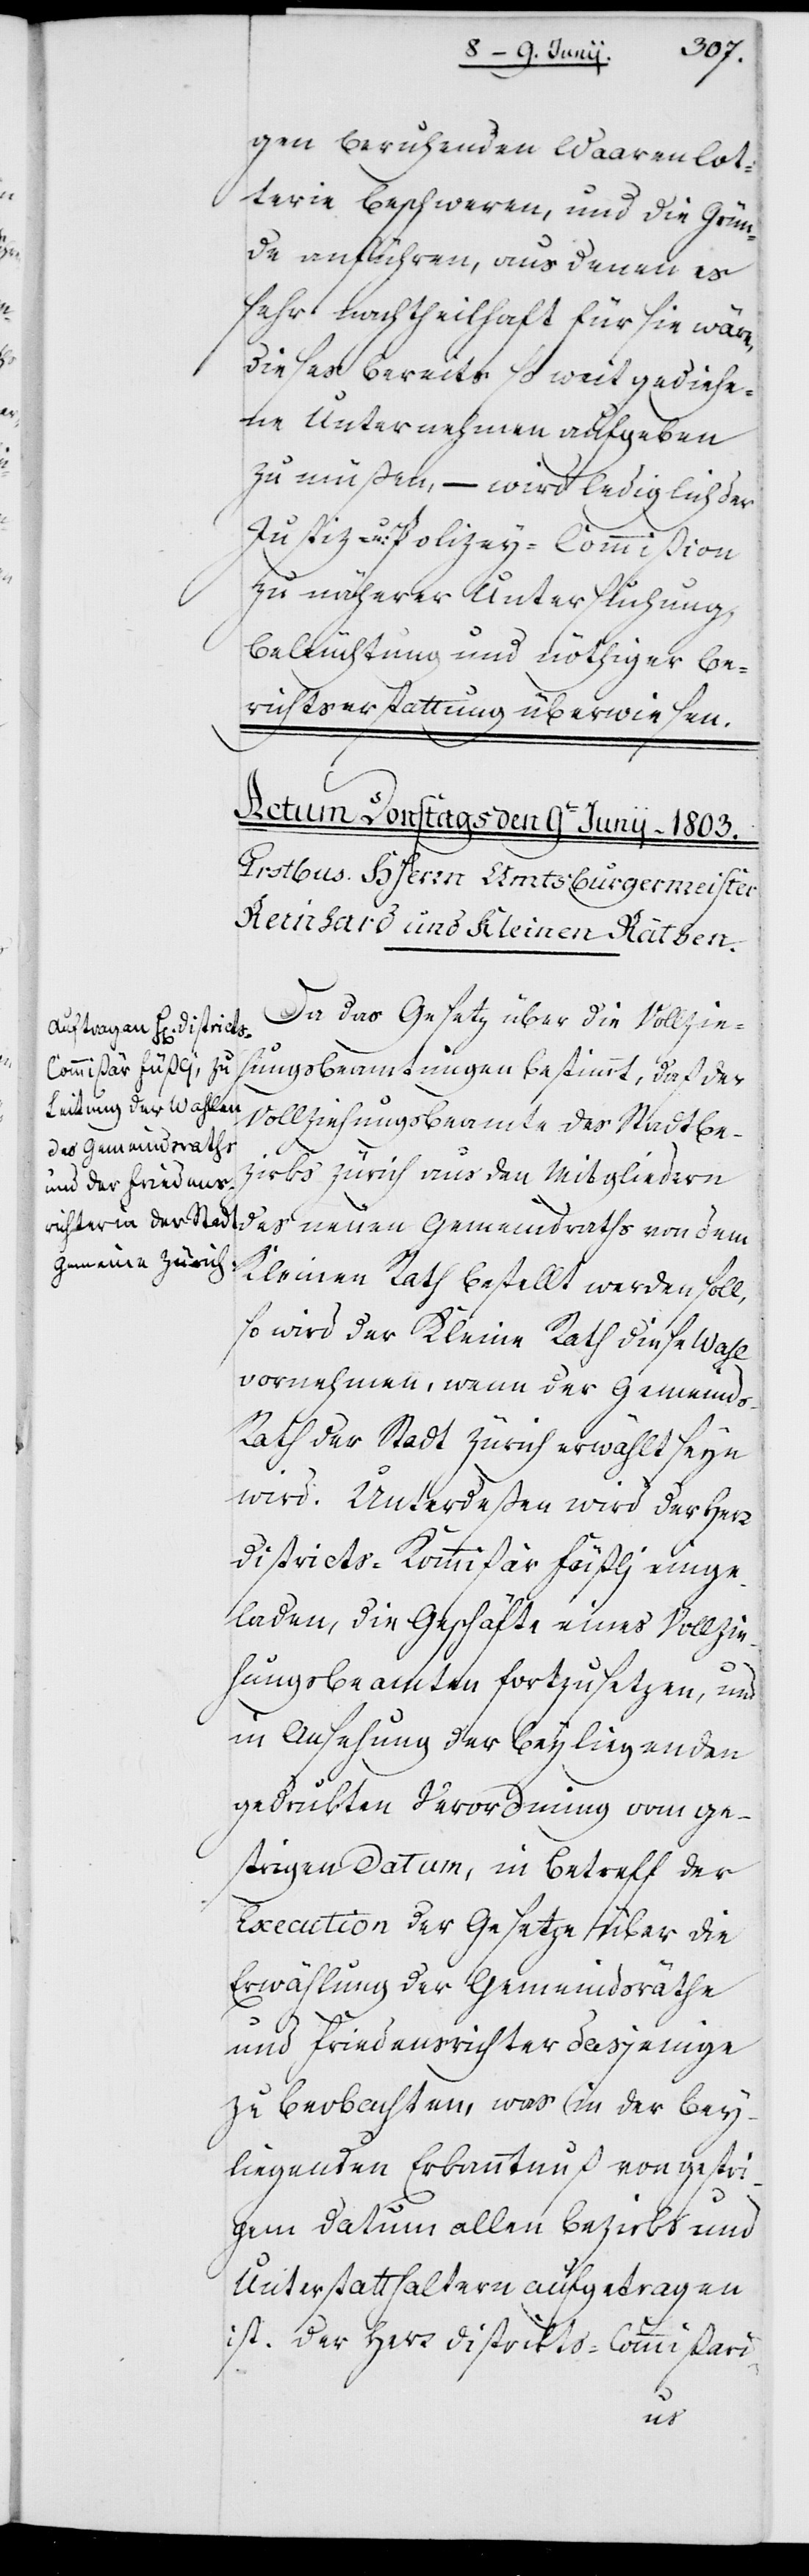
gen beruhenden Waarenlot¬
terie beschweren, und die Grün¬
de anführen, aus denen es
sehr nachteilhaft für sie wäre,
dieses bereits so weit gediehe¬
ne Unternehmen aufgeben
zu müßen, – wird lediglich der
Justiz- und Polizeykommißion
zu näherer Untersuchung,
Beleuchtung und nöthiger Be¬
richtserstattung überwiesen.
Da das Gesetz über die Vollzie¬
hungsbeamtungen bestimmt, daß der
Vollziehungsbeamte des Stadtbe¬
neuen Gemeindraths
zirks Zürich aus den Mitgliedern
Kleinen Rath bestellt werden soll,
so wird der Kleine Rath diese Wahl
vornehmen, wenn der Gemeind¬
s-Rath der Stadt Zürich erwählt seyn
wird. Unterdeßen wird der Herr
Districts-Kommißär Füßlj einge¬
laden, die Geschäfte eines Vollzie¬
hungsbeamten fortzusetzen, und
in Ansehung der beyliegenden
gedrukten Verordnung vom ge¬
strigen Datum, in Betreff der
Execution der Gesetze über die
Erwählung der Gemeindsräthe
und Friedensrichter dasjenige
zu beobachten, was in der bey¬
liegenden Erkanntnuß von gestri¬
gem Datum allen Bezirks- und
Unterstatthaltern aufgetragen
ist. Der Herr Districts-Commißari-